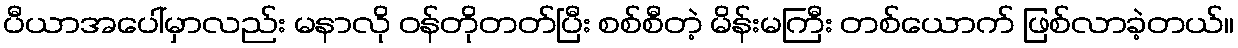
ပီယာအပေါ်မှာလည်း မနာလို ဝန်တိုတတ်ပြီး စစ်စီတဲ့ မိန်းမကြီး တစ်ယောက် ဖြစ်လာခဲ့တယ်။